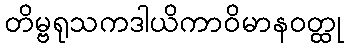
တိမ္ဗရုသကဒါယိကာဝိမာနဝတ္ထု